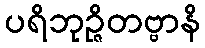
ပရိဘုဉ္ဇိတဗ္ဗာနိ